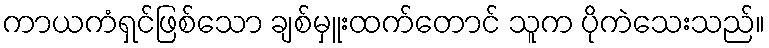
ကာယကံရှင်ဖြစ်သော ချစ်မှူးထက်တောင် သူက ပိုကဲသေးသည်။